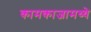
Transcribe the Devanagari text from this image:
कामकाजामध्ये